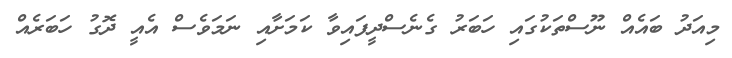
މިއަދު ބައެއް ނޫސްތަކުގައި ހަބަރު ގެނެސްދީފައިވާ ކަމަށާއި ނަމަވެސް އެއީ ދޮގު ހަބަރެއް